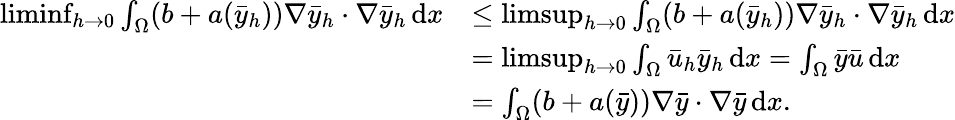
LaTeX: \begin{array}{rl}{\operatorname*{liminf}_{h\to 0}\int_{\Omega}(b+a(\bar{y}_{h}))\nabla\bar{y}_{h}\cdot\nabla\bar{y}_{h}\, \mathrm{d}x}&{\leq\operatorname*{limsup}_{h\to 0}\int_{\Omega}(b+a(\bar{y}_{h}))\nabla\bar{y}_{h}\cdot\nabla\bar{y}_{h}\, \mathrm{d}x}\\ &{=\operatorname*{limsup}_{h\to 0}\int_{\Omega}\bar{u}_{h}\bar{y}_{h}\, \mathrm{d}x=\int_{\Omega}\bar{y}\bar{u}\, \mathrm{d}x}\\ &{=\int_{\Omega}(b+a(\bar{y}))\nabla\bar{y}\cdot\nabla\bar{y}\, \mathrm{d}x.}\end{array}